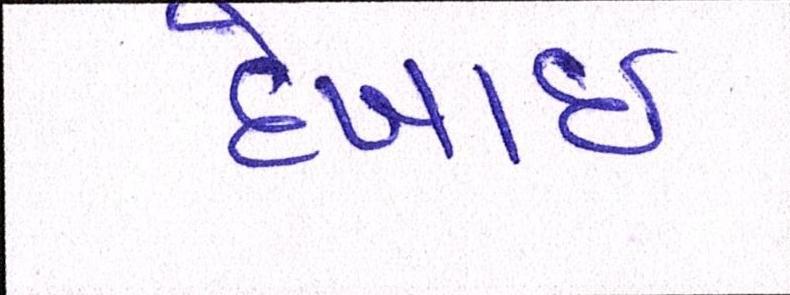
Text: દેખાઈ